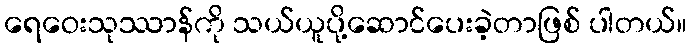
ရေဝေးသုဿာန်ကို သယ်ယူပို့ဆောင်ပေးခဲ့တာဖြစ် ပါတယ်။